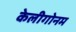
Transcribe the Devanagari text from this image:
केलीगोनम